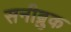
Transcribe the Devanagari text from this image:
सनीब्रुक